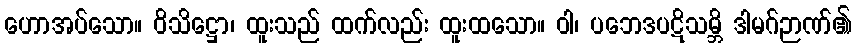
ဟောအပ်သော။ ဝိသိဋ္ဌော၊ ထူးသည် ထက်လည်း ထူးထသော။ ဝါ၊ ပဘေဒပဋိသမ္ဘိ ဒါမဂ်ဉာဏ်၏